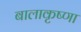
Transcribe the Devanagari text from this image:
बालाकृष्णा